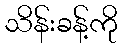
သိန်းခန့်ကို